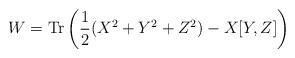
LaTeX: \begin{align*}W={\rm Tr}\left(\frac{1}{2}(X^{2}+Y^{2}+Z^{2})-X[Y,Z] \right)\end{align*}